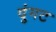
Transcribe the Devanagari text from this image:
दुंगट